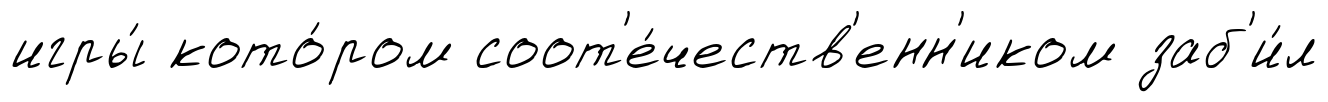
игры́ кото́ром соот'е́честв'енн'иком заб'и́л